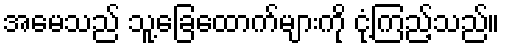
အမေသည် သူ့ခြေထောက်များကို ငုံ့ကြည့်သည်။